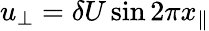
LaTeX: u_{\perp}=\delta U\sin 2\pi x_{\| }